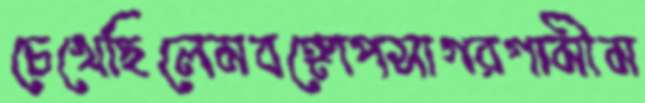
চেখেছিলেমবঙ্গোপসাগরগামীম